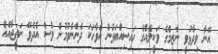
އޭނާ ވިދާޅުވީ ނާޒިމްގެ ވަކީލެއްގެ ހައިސިއްޔަތުން އެވާހަކަ ދެންނެވުމުން ވެސް އެދެވޭ ނަތީޖާއެއް